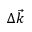
\Delta \vec { k }